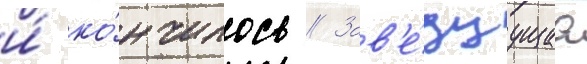
и́ ко́нчилось // Зав'е́дуущаа